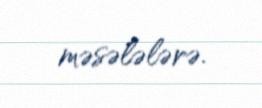
məsələlərə.